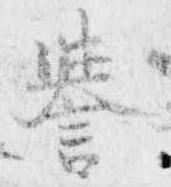
誉